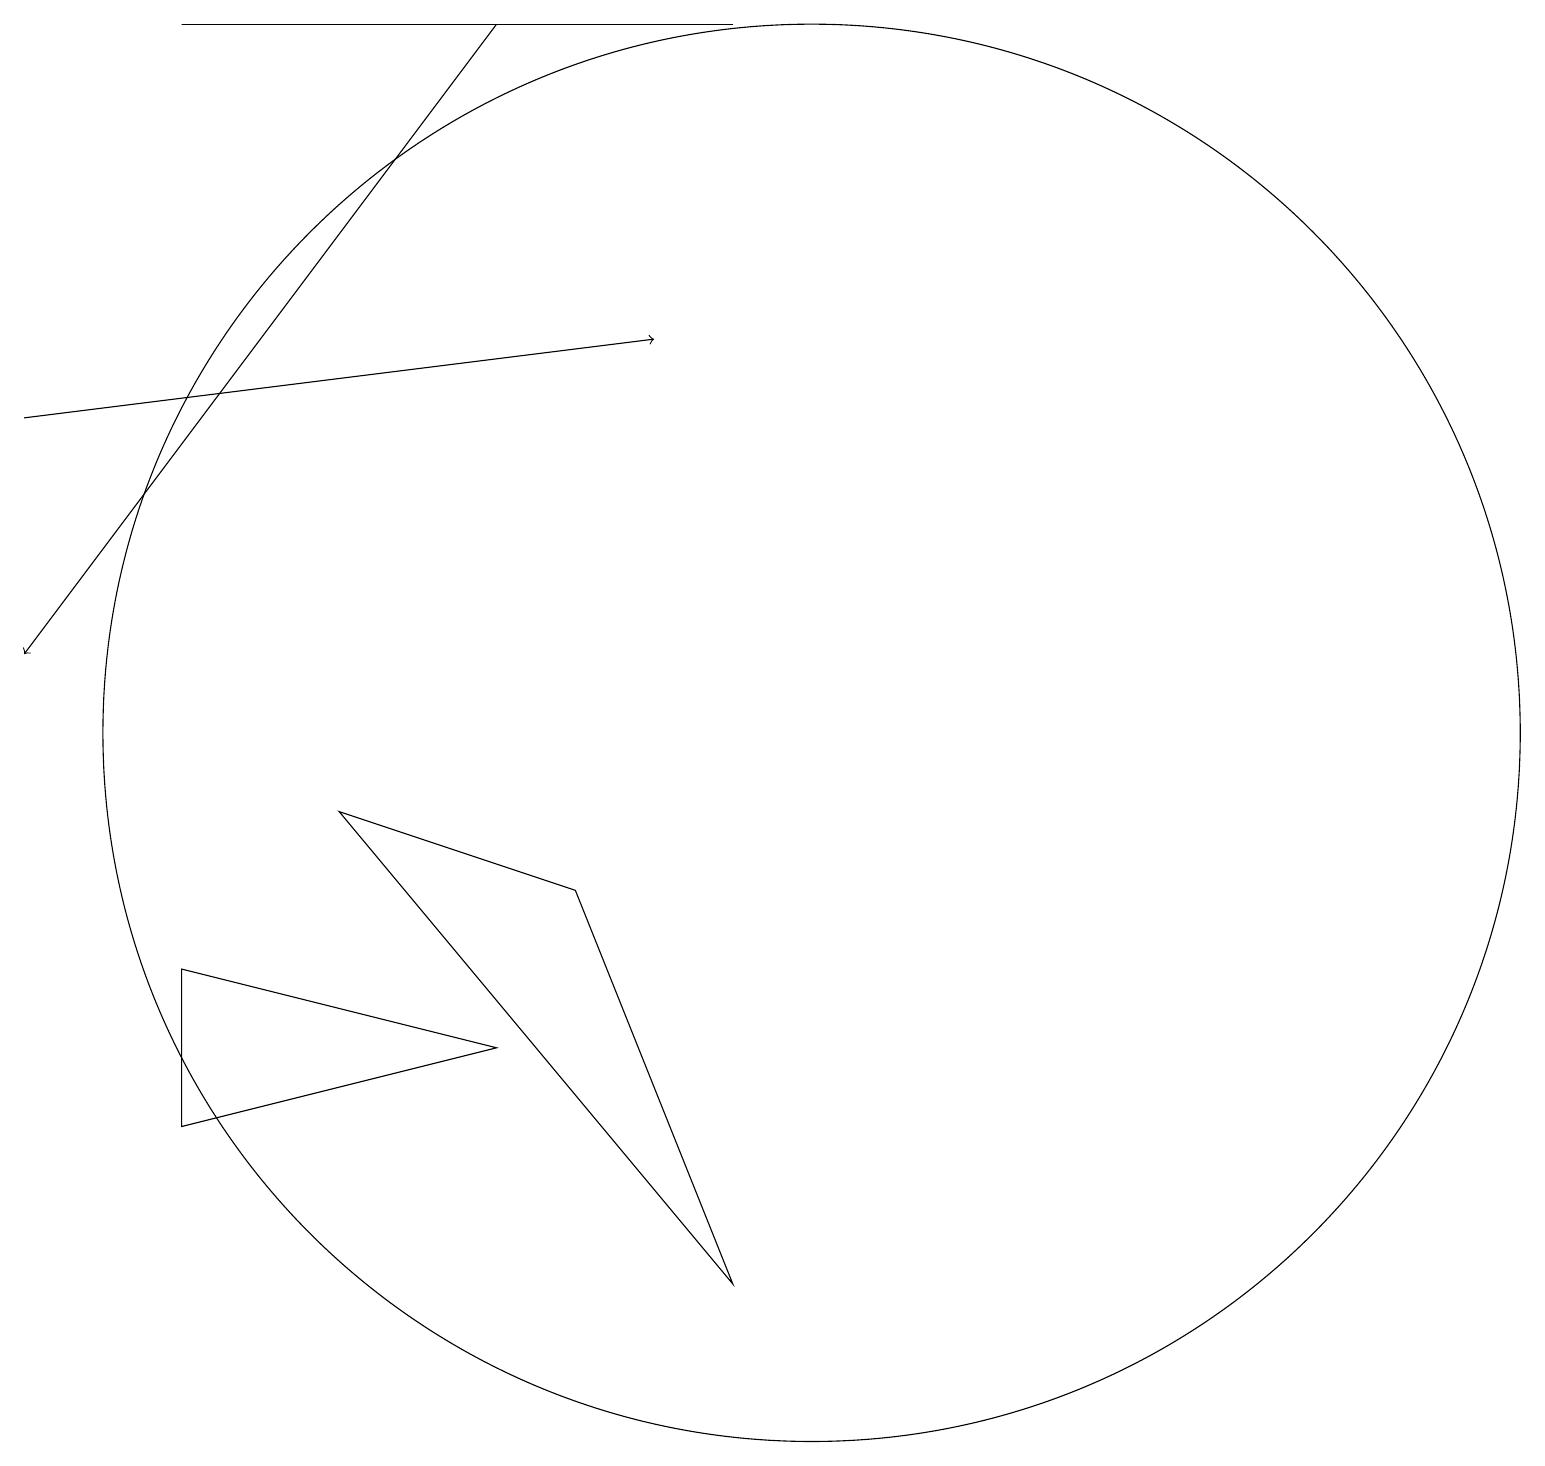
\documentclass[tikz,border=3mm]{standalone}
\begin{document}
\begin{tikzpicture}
\draw (9,19) rectangle (2,19);
\draw[->] (0,14) -- (8,15);
\draw (10,10) circle (9);
\draw (6,6) -- (2,5) -- (2,7) -- cycle;
\draw (9,3) -- (4,9) -- (7,8) -- cycle;
\draw[->] (6,19) -- (0,11);
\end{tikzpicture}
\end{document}